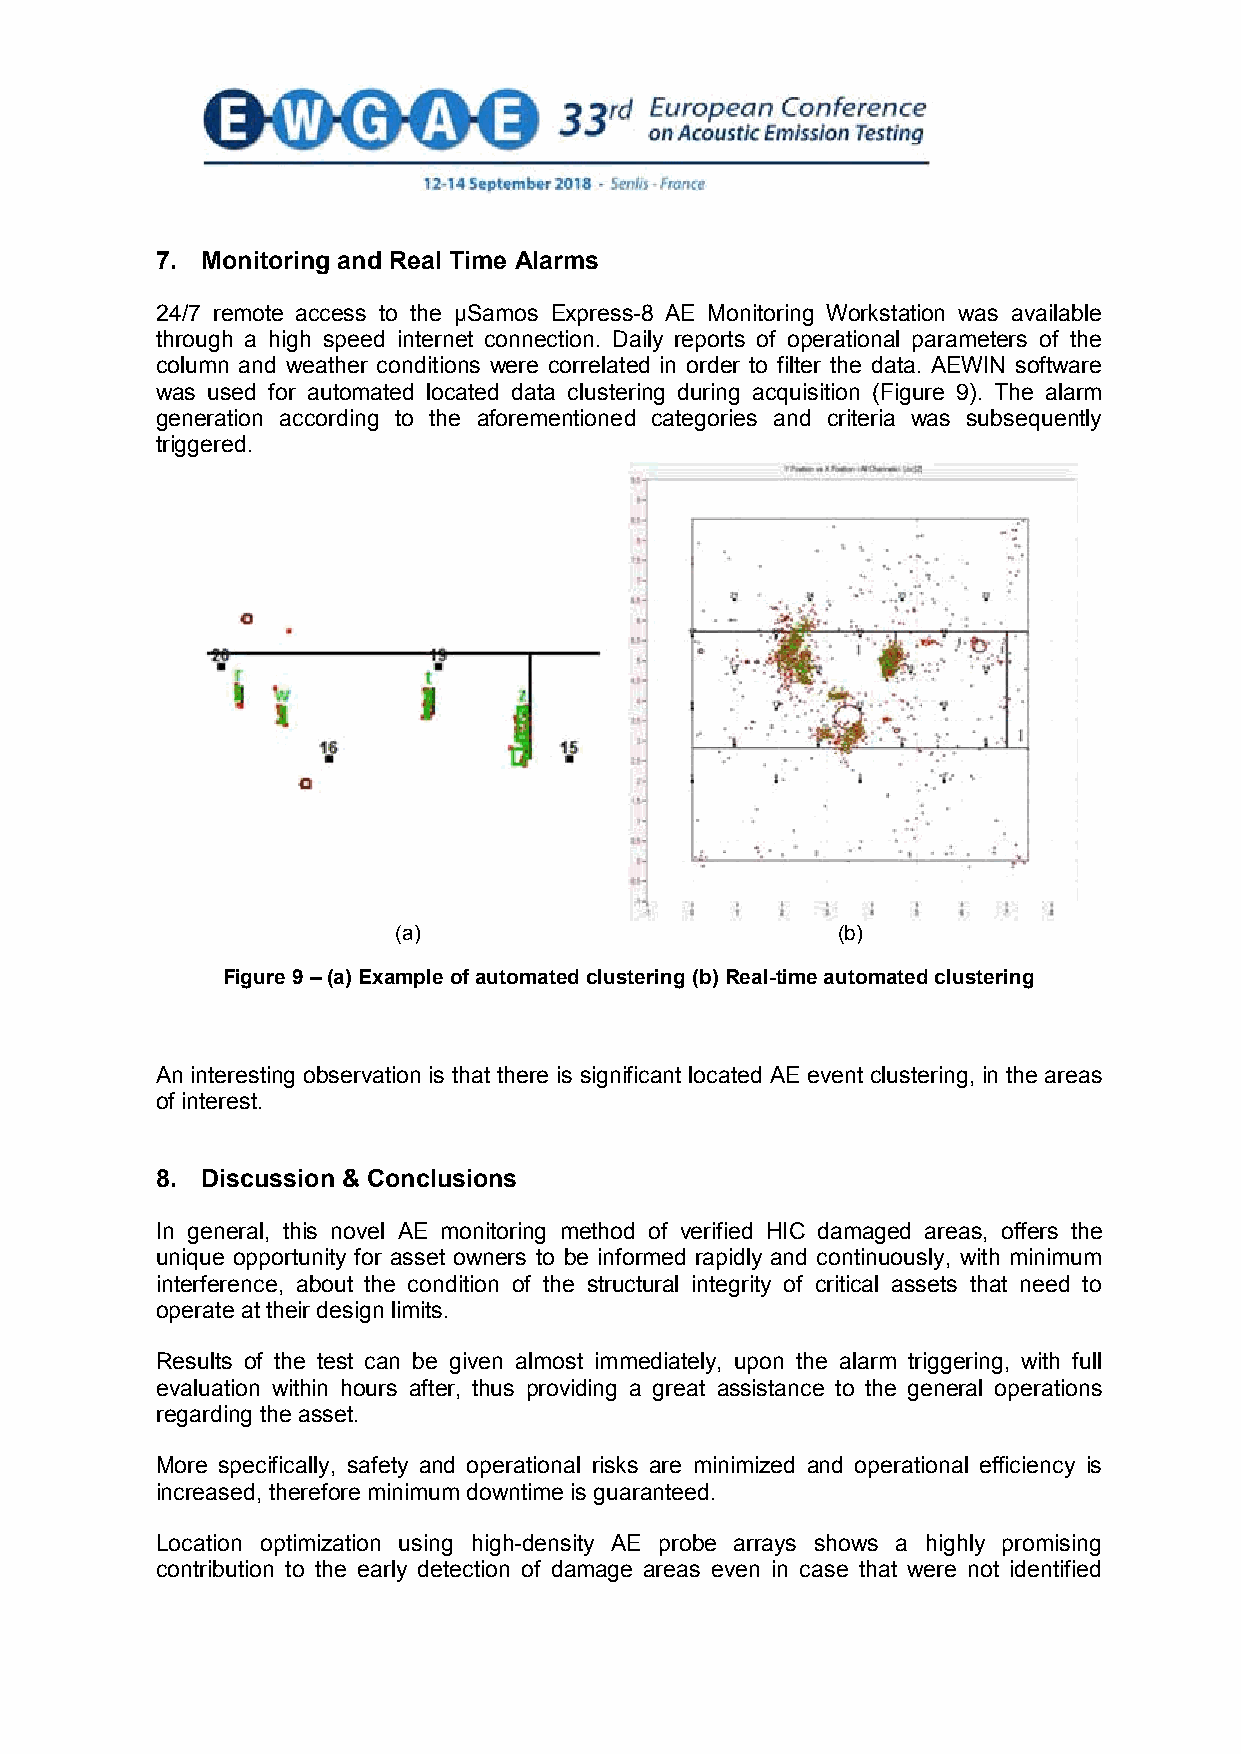
7. Monitoring and Real Time Alarms
 24/7 remote access to the μSamos Express-8 AE Monitoring Workstation was available
 through a high speed internet connection. Daily reports of operational parameters of the
 column and weather conditions were correlated in order to filter the data. AEWIN software
 was used for automated located data clustering during acquisition (Figure 9). The alarm
 generation according to the aforementioned categories and criteria was subsequently
 triggered.
 (a)                          (b)
 Figure 9 – (a) Example of automated clustering (b) Real-time automated clustering
 An interesting observation is that there is significant located AE event clustering, in the areas
 of interest.
 8. Discussion & Conclusions
 In general, this novel AE monitoring method of verified HIC damaged areas, offers the
 unique opportunity for asset owners to be informed rapidly and continuously, with minimum
 interference, about the condition of the structural integrity of critical assets that need to
 operate at their design limits.
 Results of the test can be given almost immediately, upon the alarm triggering, with full
 evaluation within hours after, thus providing a great assistance to the general operations
 regarding the asset.
 More specifically, safety and operational risks are minimized and operational efficiency is
 increased, therefore minimum downtime is guaranteed.
 Location optimization using high-density AE probe arrays shows a highly promising
 contribution to the early detection of damage areas even in case that were not identified
 7